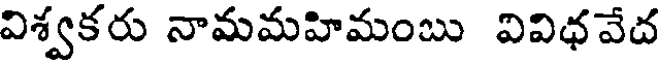
విశ్వకరు నామమహిమంబు వివిధవేద